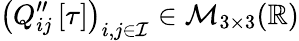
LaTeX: \left(Q_{ij}^{\prime\prime}\left[\tau\right]\right)_{i,j\in\mathcal{I}}\in\mathcal{M}_{3\times 3}(\mathbb{R})